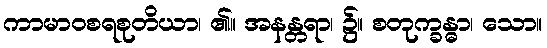
ကာမာဝစရစုတိယာ၊ ၏။ အနန္တရာ၊ ၌။ စတုက္ခန္ဓာ၊ သော။